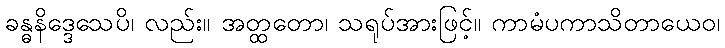
ခန္ဓနိဒ္ဒေသေပိ၊ လည်း။ အတ္ထတော၊ သရုပ်အားဖြင့်။ ကာမံပကာသိတာယေဝ၊